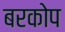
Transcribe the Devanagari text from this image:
बरकोप